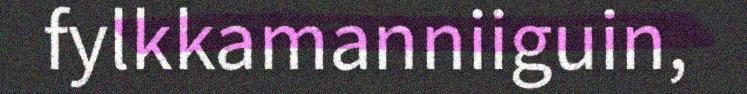
fylkkamanniiguin,